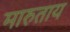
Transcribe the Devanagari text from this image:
मारुताय